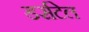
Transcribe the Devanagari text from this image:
डर्सटेल